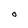
Character: O